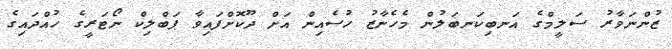
ޒުންނަވާރު ސަލީމްގެ އަނބިކަނބަލުން މެހެނާޒު ހުސެއިން އަށް ދޫކޮށްފައިވާ ޕަބްލިކް ނޯޓަރީގެ ހުއްދައިގެ